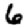
Digit: 6